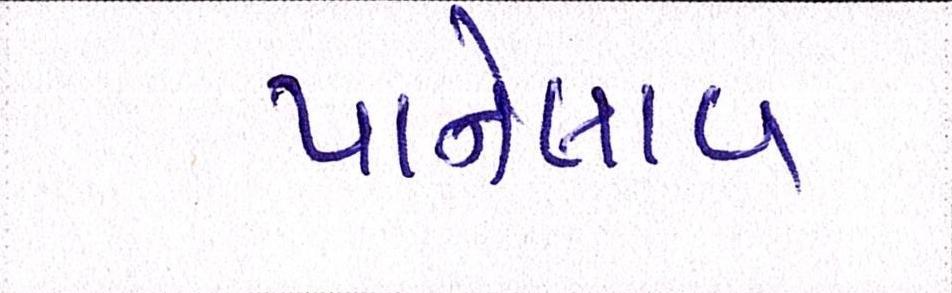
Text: પાનેલાવ